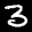
Label: 3